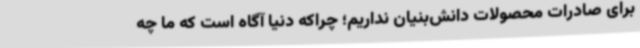
برای صادرات محصولات دانش‌بنیان نداریم؛ چراکه دنیا آگاه است که ما چه